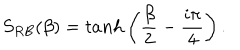
LaTeX: S _ { R B } ( \beta ) = t a n h \left( \frac { \beta } { 2 } - \frac { i \pi } { 4 } \right) .